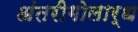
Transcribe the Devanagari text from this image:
अंतरीगोलार्ध